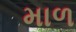
માળ